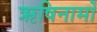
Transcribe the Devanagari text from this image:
ऋषिनामों